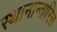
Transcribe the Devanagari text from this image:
स्थानान्तारित्त